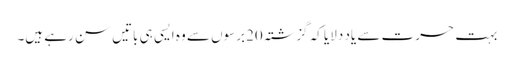
بہت حسرت سے یاد دلایا کہ گزشتہ 20برسوں سے وہ ایسی ہی باتیں سن رہے ہیں۔